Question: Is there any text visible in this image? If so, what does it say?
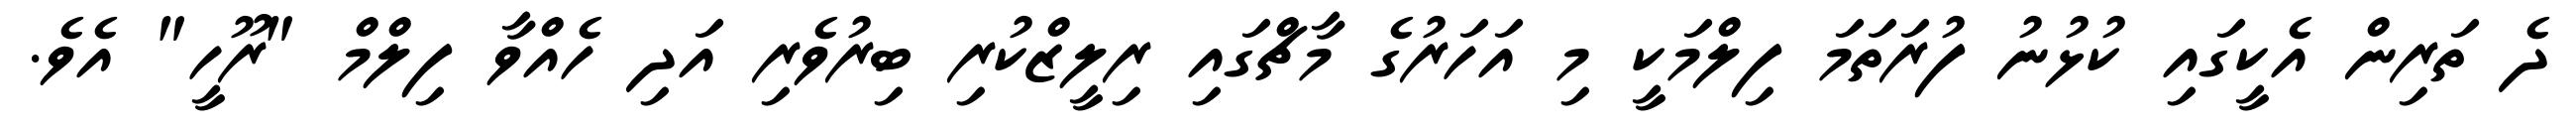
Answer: ދެ ތަރިން އެކީގައި ކުޅުނު ފުރަތަމަ ފިލްމަކީ މި އަހަރުގެ މާޗްގައި ރިލީޒްކުރި ބިރުވެރި އަދި ހެއްވާ ފިލްމް "ރޫހީ" އެވެ.